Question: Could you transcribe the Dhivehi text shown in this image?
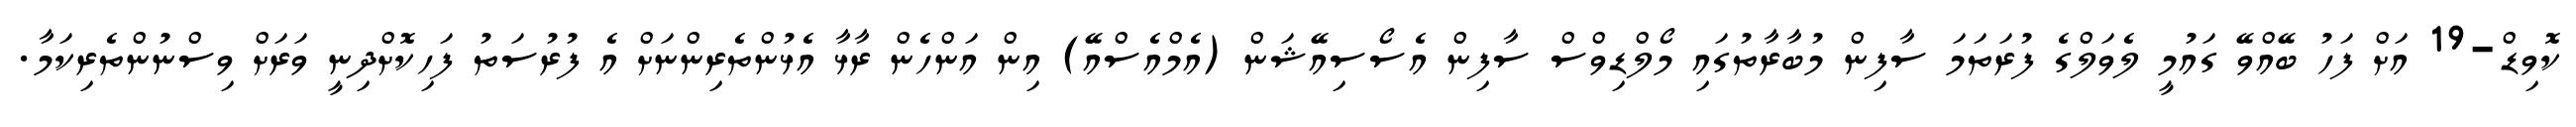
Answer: ކޮވިޑް-19 އަށް ފަހު ބޭއްވޭ ގައުމީ ލެވަލްގެ ފުރަތަމަ ސާފިން މުބާރާތުގައި މޯލްޑިވްސް ސާފިން އެސޯސިއޭޝަން (އެމްއެސްއޭ) އިން އަންހެން ރާޅާ އެޅުންތެރިންނަށް އެ ފުރުސަތު ފަހިކޮށްދިނީ ވަރަށް ވިސްނުންތެރިކަމާ.